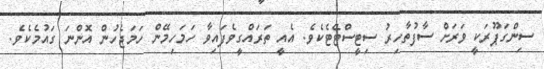
ސިންގަޕޫރަކީ ވަރަށް ސާފުތާހިރު ސިޓީސްޓޭޓެކެވެ. އެއީ ތަރައްގީވެފައިވާ ހަމަހިމޭން ހަމަޖެހުން އޮންނަ ގައުމެކެވެ.